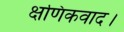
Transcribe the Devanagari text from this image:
क्षणिकवाद।